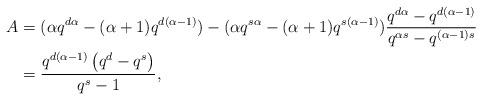
LaTeX: \begin{align*} A &=({\alpha q^{d\alpha}- (\alpha+1)q^{d(\alpha-1)}}) - ( {\alpha q^{s\alpha} - (\alpha+1)q^{s(\alpha-1)}})\frac{q^{d\alpha } - q^{d(\alpha -1)}}{q^{\alpha s}-q^{(\alpha -1)s}} \\ & = \frac{q^{d (\alpha -1)} \left(q^d-q^s\right)}{q^s-1}, \end{align*}